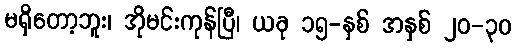
မရှိတော့ဘူး၊ အိုမင်းကုန်ပြီ၊ ယခု ၁၅-နှစ် အနှစ် ၂၀-၃၀